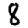
Digit: 8